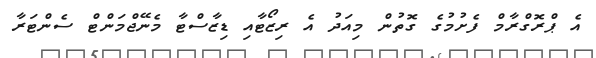
އެ ޕްރޮގްރާމް ފެށުމުގެ ގޮތުން މިއަދު އެ ރިޒޯޓާއި ޑިޒާސްޓާ މެނޭޖްމަންޓް ސެންޓަރާ